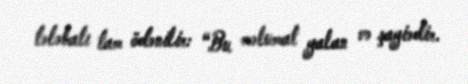
tələbatı tam ödənilir: “Bu məlumat yalan və şayiədir.